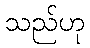
သည်ဟု